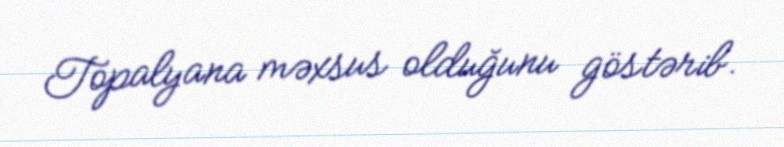
Topalyana məxsus olduğunu göstərib.